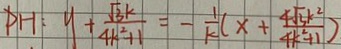
P H : y + \frac { \sqrt { 3 } k } { 4 k ^ { 2 } + 1 } = - \frac { 1 } { k } ( x + \frac { 4 \sqrt { 3 } k ^ { 2 } } { 4 k ^ { 2 } + 1 } )